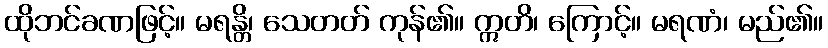
ထိုဘင်ခဏဖြင့်။ မရန္တိ၊ သေတတ် ကုန်၏။ ဣတိ၊ ကြောင့်။ မရဏံ၊ မည်၏။